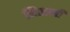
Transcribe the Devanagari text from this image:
निठल्ली